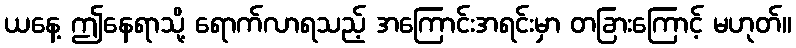
ယနေ့ ဤနေရာသို့ ရောက်လာရသည့် အကြောင်းအရင်းမှာ တခြားကြောင့် မဟုတ်။